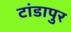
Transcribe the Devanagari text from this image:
टांडापुर